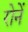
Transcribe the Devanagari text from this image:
रोनें